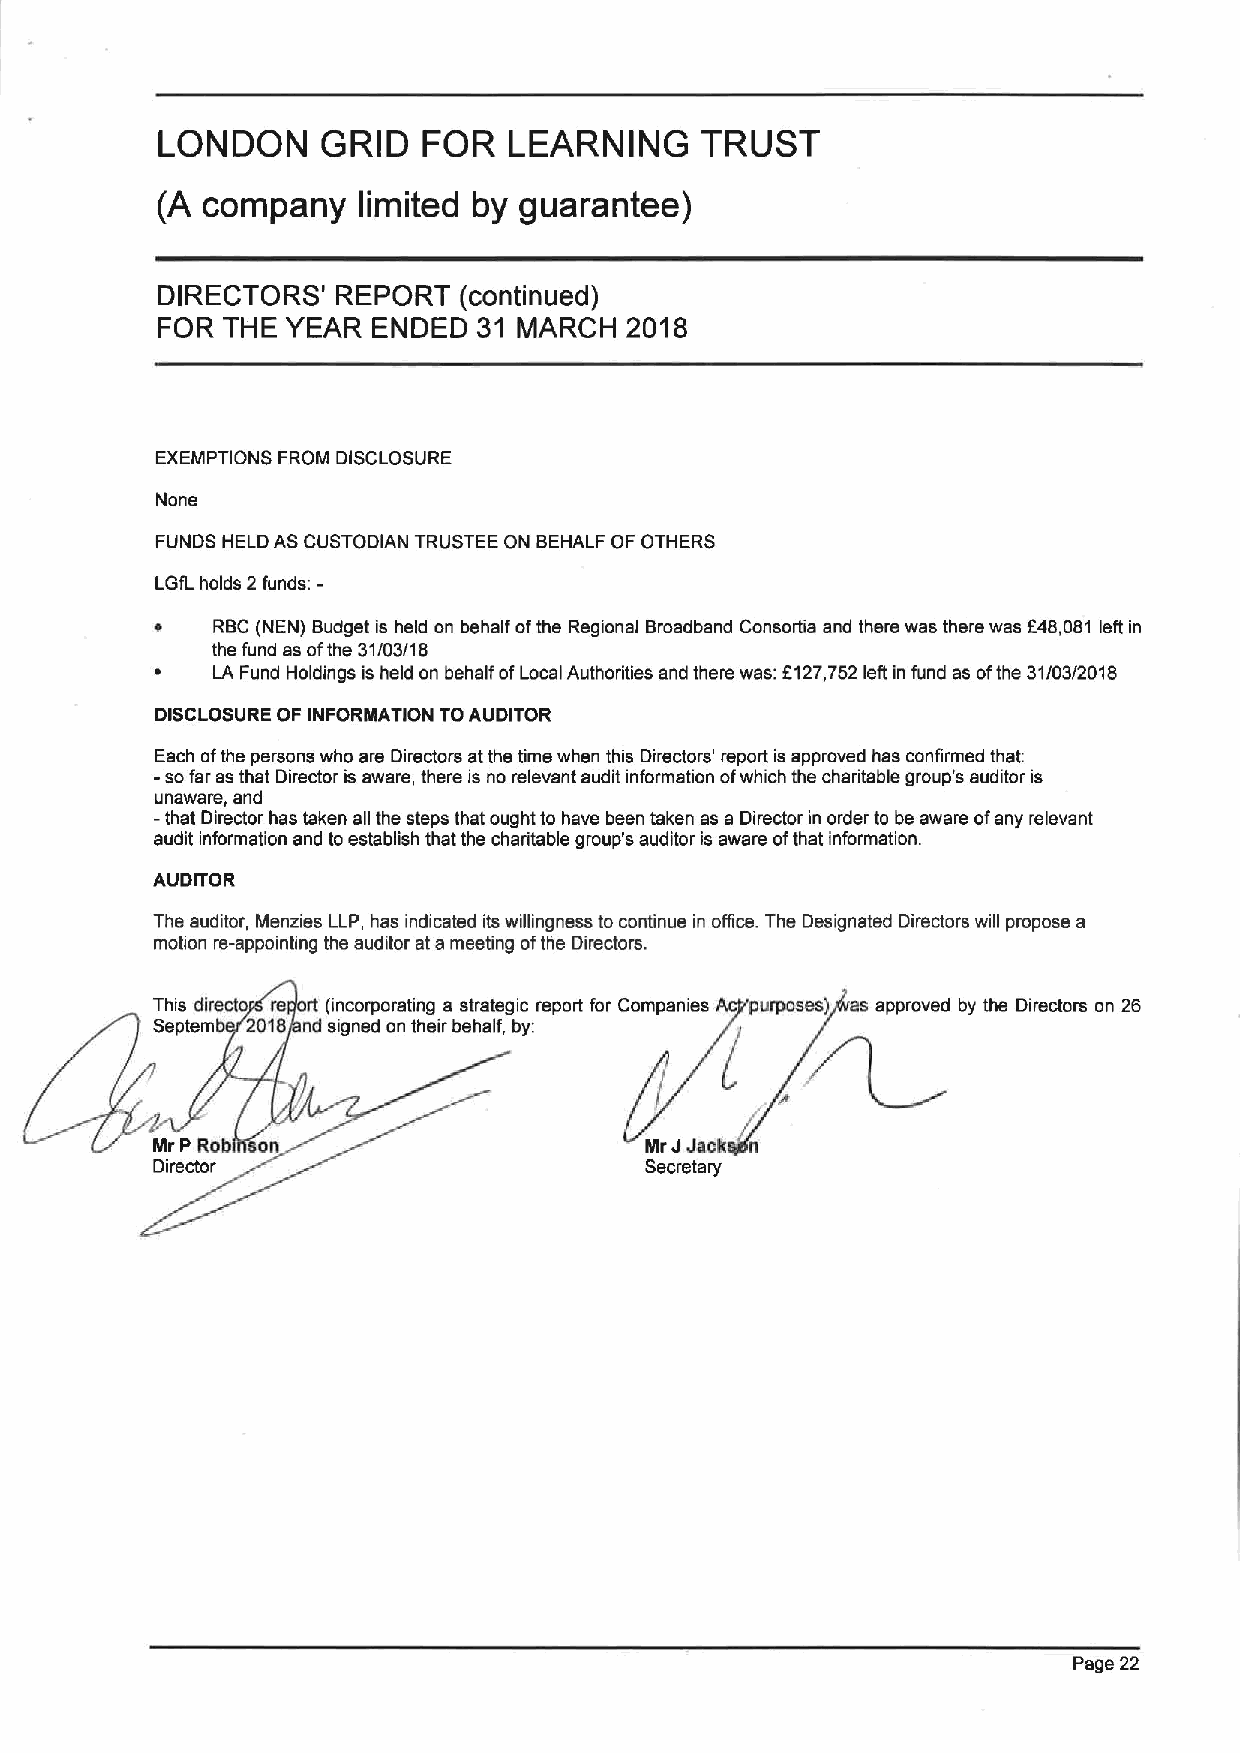
LONDON     GRID   FOR   LEARNING    TRUST
 (A company    limited by guarantee)
 DIRECTORS'  REPORT  (continLIed)
 FOR  THE YEAR  ENDED  31 MARCH 2018
 EXEMPTIONS FROM DISCLOSURE
 None
 FUNDS HELD AS CUSTODIAN TRUSTEE ON BEHALF OF OTHERS
 LGIL holds 2 funds:-
 ~   RBC (NEN) Budget is held on behalf ofthe Regional Broadband Consortia and there was there was 848,081 left in
 the fund as ofthe 31/03/1 8
 ~   LA Fund Holdings is held on behalf ofLocal Authorities and there was: EI27,752 left in fund as ofthe 31/03/2018
 DISCLOSURE OF INFORMATION TOAUDITOR
 Each ofthe persons who are Directors atthe time when this Directors' report is approved has confirmed that:
 -sofar as that Director is aware, there is no relevant audit information ofwhich the charitable group's auditor is
 unaware, snd
 -that Director has taken all the steps that ought to have been taken as a Director in order to be aware ofany relevant
 audit information end toestablish that the charitable group's auditor is aware ofthat information.
 AUDITOR
 The auditor, Menzies LLP, has indicated its willingness to continue in office. The Designated Directors will propose a
 motion re-appointing the auditor at ameeting ofthe Directors.
 This directe re rt (incorporating a strategic report for Companies Ac purposes) as approved by the Directors on 26
 Septem 2018 nd signed on their behalf, by:
 Mr PRob on                       Mr JJack n
 Director                         Secretary
 Page 22